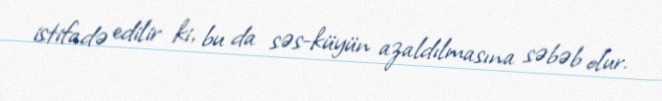
istifadə edilir ki, bu da səs-küyün azaldılmasına səbəb olur.